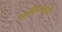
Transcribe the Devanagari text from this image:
बिब्लियोग्रोफी